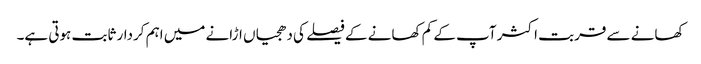
کھانے سے قربت اکثر آپ کے کم کھانے کے فیصلے کی دھجیاں اڑانے میں اہم کردار ثابت ہوتی ہے۔